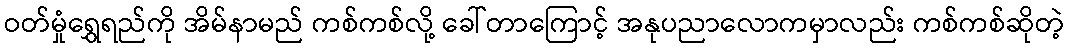
ဝတ်မှုံရွှေရည်ကို အိမ်နာမည် ကစ်ကစ်လို့ ခေါ်တာကြောင့် အနုပညာလောကမှာလည်း ကစ်ကစ်ဆိုတဲ့